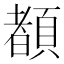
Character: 𲊴